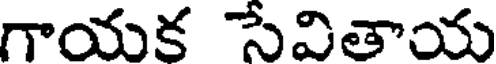
గాయక సేవితాయ